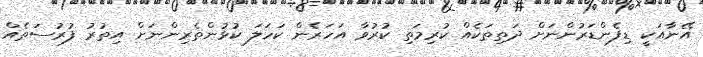
އޭނާއަކީ ޑިފެންޑަރުންނަށް ދަތިތަކެއް ކުރިމަތި ކުރުވާ އަހަރެން ކަހަލަ ކުޅުންތެރިންނަށް އިތުރު ފުރުސަތެއް